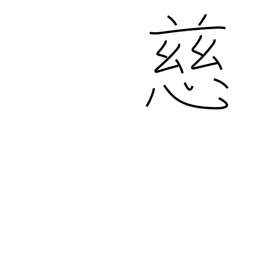
Meaning: mercy